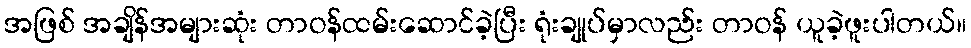
အဖြစ် အချိန်အများဆုံး တာဝန်ထမ်းဆောင်ခဲ့ပြီး ရုံးချုပ်မှာလည်း တာဝန် ယူခဲ့ဖူးပါတယ်။